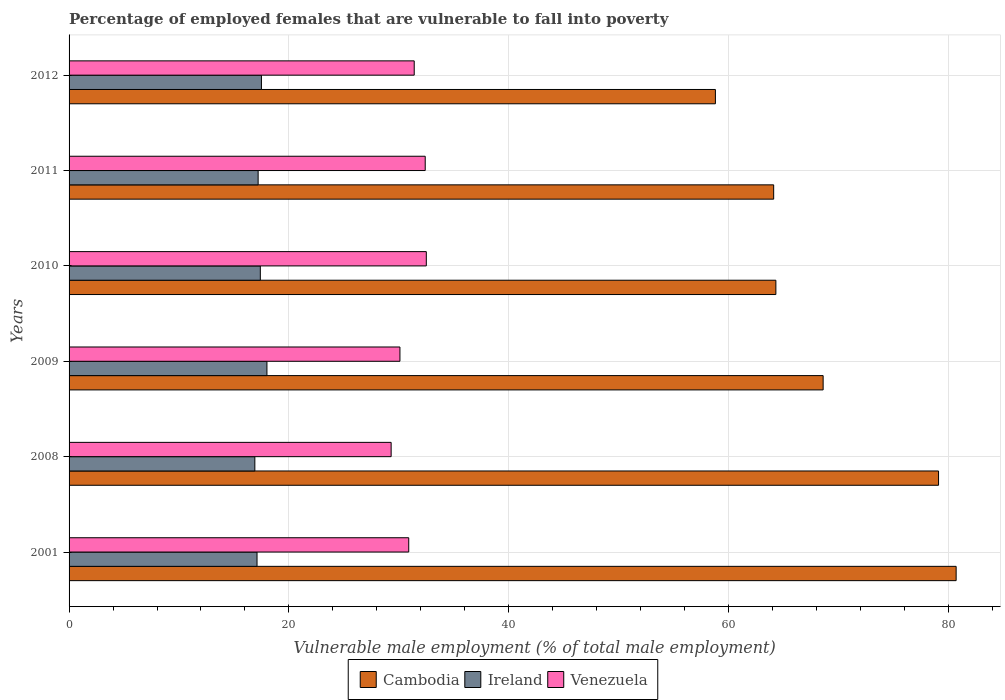
| Years | Cambodia | Ireland | Venezuela |
 | --- | --- | --- | --- |
 | 2001 | 80.7 | 17.1 | 30.9 |
 | 2008 | 79.1 | 16.9 | 29.3 |
 | 2009 | 68.6 | 18 | 30.1 |
 | 2010 | 64.3 | 17.4 | 32.5 |
 | 2011 | 64.1 | 17.2 | 32.4 |
 | 2012 | 58.8 | 17.5 | 31.4 |